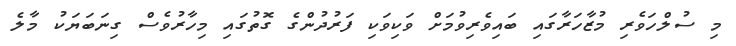
މި ސުލްހަވެރި މުޒާހަރާގައި ބައިވެރިވުމަށް ވަކިވަކި ފަރުދުންގެ ގޮތުގައި މިހާރުވެސް ގިނަބަޔަކު މާލެ